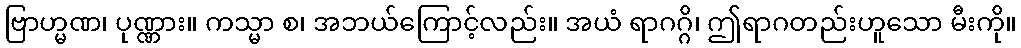
ဗြာဟ္မဏ၊ ပုဏ္ဏား။ ကသ္မာ စ၊ အဘယ်ကြောင့်လည်း။ အယံ ရာဂဂ္ဂိ၊ ဤရာဂတည်းဟူသော မီးကို။